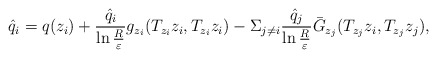
\begin{align*}\hat{q}_i=q(z_i)+\frac{\hat{q}_i}{\ln\frac{R}{\varepsilon}}g_{z_i}(T_{z_i}z_i, T_{z_i}z_i)-\Sigma_{j\neq i}\frac{\hat{q}_j}{\ln\frac{R}{\varepsilon}}\bar{G}_{z_j}(T_{z_j}z_i, T_{z_j}z_j),\end{align*}